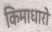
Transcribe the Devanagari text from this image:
किमाधारो